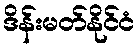
ဒိန်းမတ်နိုင်ငံ